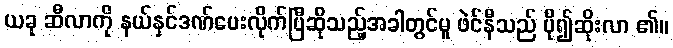
ယခု ဆီလာကို နယ်နှင်ဒဏ်ပေးလိုက်ပြီဆိုသည့်အခါတွင်မူ ဖဲင်နီသည် ပို၍ဆိုးလာ ၏။